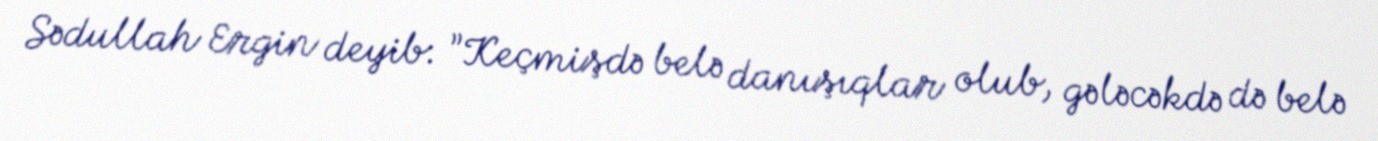
Sədullah Ergin deyib: ”Keçmişdə belə danışıqlar olub, gələcəkdə də belə